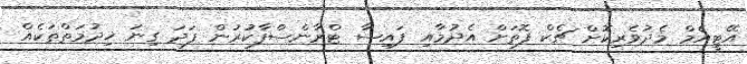
އޭޓީއެމް މެދުވެރިކޮށް ޗެކް ފޮތަށް އެދުމާއި ފައިސާ ޓްރާންސްފާކުރުން ފަދަ ގިނަ ޚިދުމަތްތަކެއް